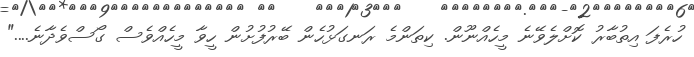
ހުރެފަ އިތުބާރު ކޮށްލެވޭނެ މީހެއްނޫން. ކިތަންމެ ރަނގަޅުހެން ބޭރުފުށުން ހީވާ މީހެއްވެސް ގޯސްވެދާނެ...."